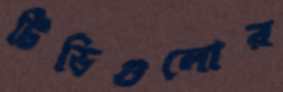
টিভিগুলোর